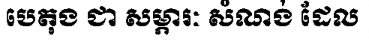
បេតុង ជា សម្ភារៈ សំណង់ ដែល